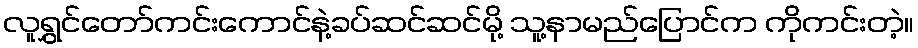
လူရွှင်တော်ကင်းကောင်နဲ့ခပ်ဆင်ဆင်မို့ သူ့နာမည်ပြောင်က ကိုကင်းတဲ့။